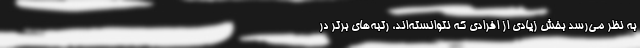
به نظر می‌رسد بخش زیادی از افرادی که نتوانسته‌اند، رتبه‌های برتر در